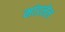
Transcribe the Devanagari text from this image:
मांडलेल